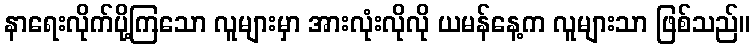
နာရေးလိုက်ပို့ကြသော လူများမှာ အားလုံးလိုလို ယမန်နေ့က လူများသာ ဖြစ်သည်။